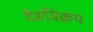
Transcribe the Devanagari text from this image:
देहविक्रय